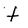
Character: t